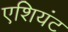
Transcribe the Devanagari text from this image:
एशियंट